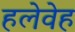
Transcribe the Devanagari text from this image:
हलेवेह